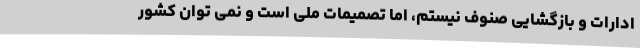
ادارات و بازگشایی صنوف نیستم، اما تصمیمات ملی است و نمی توان کشور